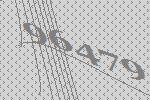
96479